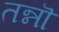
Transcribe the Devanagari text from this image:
तन्नॊ